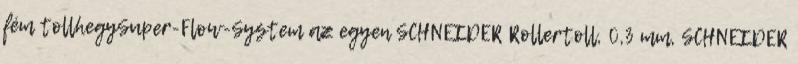
fém tollhegySuper-Flow-System az egyen SCHNEIDER Rollertoll, 0,3 mm, SCHNEIDER